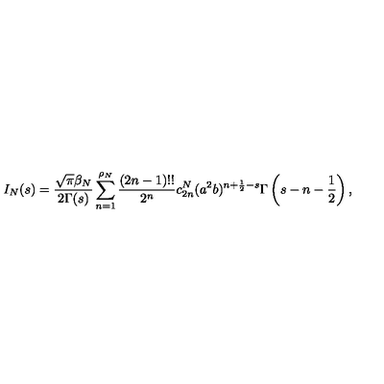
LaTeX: I _ { N } ( s ) = { \frac { \sqrt \pi \beta _ { N } } { 2 \Gamma ( s ) } } \sum _ { n = 1 } ^ { \rho _ { N } } { \frac { ( 2 n - 1 ) ! ! } { 2 ^ { n } } } c _ { 2 n } ^ { N } ( a ^ { 2 } b ) ^ { n + \frac 1 2 - s } \Gamma \left( s - n - \frac 1 2 \right) ,